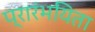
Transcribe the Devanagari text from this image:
प्रारंभयिता